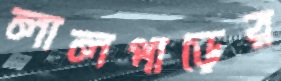
লালপাড়ের